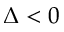
\Delta < 0